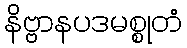
နိဗ္ဗာနပဒမစ္စုတံ